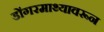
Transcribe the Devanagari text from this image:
डोंगरमाथ्यावरून